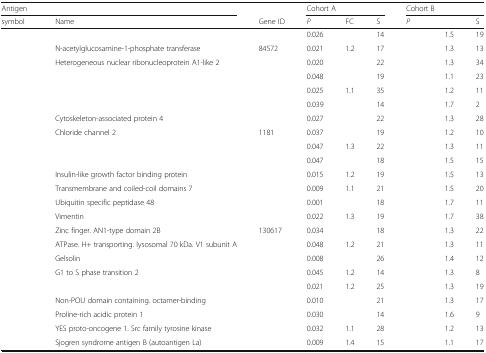
<table><thead><tr><td colspan="2"><b>Antigen</b></td><td>[EMPTY_CELL]</td><td colspan="3"><b>Cohort A</b></td><td colspan="3"><b>Cohort B</b></td></tr><tr><td><b>symbol</b></td><td><b>Name</b></td><td><b>Gene ID</b></td><td><b><i>P</i></b></td><td><b>FC</b></td><td><b>S</b></td><td><b><i>P</i></b></td><td>[EMPTY_CELL]</td><td><b>S</b></td></tr></thead><tbody><tr><td>[EMPTY_CELL]</td><td>[EMPTY_CELL]</td><td>[EMPTY_CELL]</td><td>0.026</td><td>[EMPTY_CELL]</td><td>14</td><td>[EMPTY_CELL]</td><td>1.5</td><td>19</td></tr><tr><td>[EMPTY_CELL]</td><td>N-acetylglucosamine-1-phosphate transferase</td><td>84572</td><td>0.021</td><td>1.2</td><td>17</td><td>[EMPTY_CELL]</td><td>1.3</td><td>13</td></tr><tr><td>[EMPTY_CELL]</td><td>Heterogeneous nuclear ribonucleoprotein A1-like 2</td><td>[EMPTY_CELL]</td><td>0.020</td><td>[EMPTY_CELL]</td><td>22</td><td>[EMPTY_CELL]</td><td>1.3</td><td>34</td></tr><tr><td>[EMPTY_CELL]</td><td>[EMPTY_CELL]</td><td>[EMPTY_CELL]</td><td>0.048</td><td>[EMPTY_CELL]</td><td>19</td><td>[EMPTY_CELL]</td><td>1.1</td><td>23</td></tr><tr><td>[EMPTY_CELL]</td><td>[EMPTY_CELL]</td><td>[EMPTY_CELL]</td><td>0.025</td><td>1.1</td><td>35</td><td>[EMPTY_CELL]</td><td>1.2</td><td>11</td></tr><tr><td>[EMPTY_CELL]</td><td>[EMPTY_CELL]</td><td>[EMPTY_CELL]</td><td>0.039</td><td>[EMPTY_CELL]</td><td>14</td><td>[EMPTY_CELL]</td><td>1.7</td><td>2</td></tr><tr><td>[EMPTY_CELL]</td><td>Cytoskeleton-associated protein 4</td><td>[EMPTY_CELL]</td><td>0.027</td><td>[EMPTY_CELL]</td><td>22</td><td>[EMPTY_CELL]</td><td>1.3</td><td>28</td></tr><tr><td>[EMPTY_CELL]</td><td>Chloride channel 2</td><td>1181</td><td>0.037</td><td>[EMPTY_CELL]</td><td>19</td><td>[EMPTY_CELL]</td><td>1.2</td><td>10</td></tr><tr><td>[EMPTY_CELL]</td><td>[EMPTY_CELL]</td><td>[EMPTY_CELL]</td><td>0.047</td><td>1.3</td><td>22</td><td>[EMPTY_CELL]</td><td>1.3</td><td>11</td></tr><tr><td>[EMPTY_CELL]</td><td>[EMPTY_CELL]</td><td>[EMPTY_CELL]</td><td>0.047</td><td>[EMPTY_CELL]</td><td>18</td><td>[EMPTY_CELL]</td><td>1.5</td><td>15</td></tr><tr><td>[EMPTY_CELL]</td><td>Insulin-like growth factor binding protein</td><td>[EMPTY_CELL]</td><td>0.015</td><td>1.2</td><td>19</td><td>[EMPTY_CELL]</td><td>1.5</td><td>13</td></tr><tr><td>[EMPTY_CELL]</td><td>Transmembrane and coiled-coil domains 7</td><td>[EMPTY_CELL]</td><td>0.009</td><td>1.1</td><td>21</td><td>[EMPTY_CELL]</td><td>1.5</td><td>20</td></tr><tr><td>[EMPTY_CELL]</td><td>Ubiquitin specific peptidase 48</td><td>[EMPTY_CELL]</td><td>0.001</td><td>[EMPTY_CELL]</td><td>18</td><td>[EMPTY_CELL]</td><td>1.7</td><td>11</td></tr><tr><td>[EMPTY_CELL]</td><td>Vimentin</td><td>[EMPTY_CELL]</td><td>0.022</td><td>1.3</td><td>19</td><td>[EMPTY_CELL]</td><td>1.7</td><td>38</td></tr><tr><td>[EMPTY_CELL]</td><td>Zinc finger. AN1-type domain 2B</td><td>130617</td><td>0.034</td><td>[EMPTY_CELL]</td><td>18</td><td>[EMPTY_CELL]</td><td>1.3</td><td>22</td></tr><tr><td>[EMPTY_CELL]</td><td>ATPase. H+ transporting. lysosomal 70 kDa. V1 subunit A</td><td>[EMPTY_CELL]</td><td>0.048</td><td>1.2</td><td>21</td><td>[EMPTY_CELL]</td><td>1.3</td><td>11</td></tr><tr><td>[EMPTY_CELL]</td><td>Gelsolin</td><td>[EMPTY_CELL]</td><td>0.008</td><td>[EMPTY_CELL]</td><td>26</td><td>[EMPTY_CELL]</td><td>1.4</td><td>12</td></tr><tr><td>[EMPTY_CELL]</td><td>G1 to S phase transition 2</td><td>[EMPTY_CELL]</td><td>0.045</td><td>1.2</td><td>14</td><td>[EMPTY_CELL]</td><td>1.3</td><td>8</td></tr><tr><td>[EMPTY_CELL]</td><td>[EMPTY_CELL]</td><td>[EMPTY_CELL]</td><td>0.021</td><td>1.2</td><td>25</td><td>[EMPTY_CELL]</td><td>1.3</td><td>19</td></tr><tr><td>[EMPTY_CELL]</td><td>Non-POU domain containing. octamer-binding</td><td>[EMPTY_CELL]</td><td>0.010</td><td>[EMPTY_CELL]</td><td>21</td><td>[EMPTY_CELL]</td><td>1.3</td><td>17</td></tr><tr><td>[EMPTY_CELL]</td><td>Proline-rich acidic protein 1</td><td>[EMPTY_CELL]</td><td>0.030</td><td>[EMPTY_CELL]</td><td>14</td><td>[EMPTY_CELL]</td><td>1.6</td><td>9</td></tr><tr><td>[EMPTY_CELL]</td><td>YES proto-oncogene 1. Src family tyrosine kinase</td><td>[EMPTY_CELL]</td><td>0.032</td><td>1.1</td><td>28</td><td>[EMPTY_CELL]</td><td>1.2</td><td>13</td></tr><tr><td>[EMPTY_CELL]</td><td>Sjogren syndrome antigen B (autoantigen La)</td><td>[EMPTY_CELL]</td><td>0.009</td><td>1.4</td><td>15</td><td>[EMPTY_CELL]</td><td>1.1</td><td>17</td></tr></tbody></table>